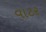
વાટર